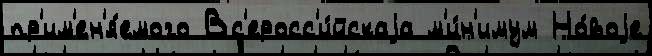
пр'им'ен'я́емого Вс'еросс'и́йскаjа м'и́н'имум Но́воjе